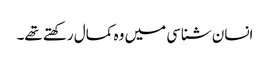
انسان شناسی میں وہ کمال رکھتے تھے۔